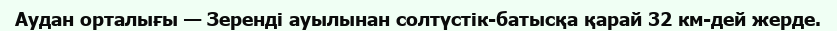
Аудан орталығы — Зеренді ауылынан солтүстік-батысқа қарай 32 км-дей жерде.